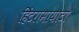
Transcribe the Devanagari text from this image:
हिंटरामायोटा